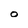
Character: o